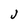
Character: J